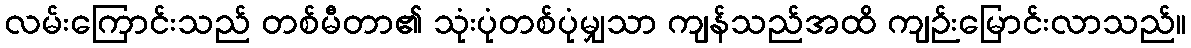
လမ်းကြောင်းသည် တစ်မီတာ၏ သုံးပုံတစ်ပုံမျှသာ ကျန်သည်အထိ ကျဉ်းမြောင်းလာသည်။